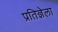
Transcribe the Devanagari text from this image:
प्रतिज्ञेला